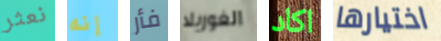
نعثر إنه فأر الغوريلا اكاد اختيارها